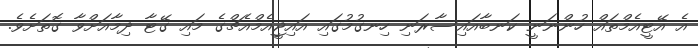
އެ އޭޓީއެމްތައް ހުންނަނީ ކަނބާއައިސާރަނި ހިނގުމުގައި އައިޖީއެމްއެޗްގެ މައި ގޭޓާ ދިމާއަށްވާ ގޮތަށެވެ.